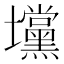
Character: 𰋆